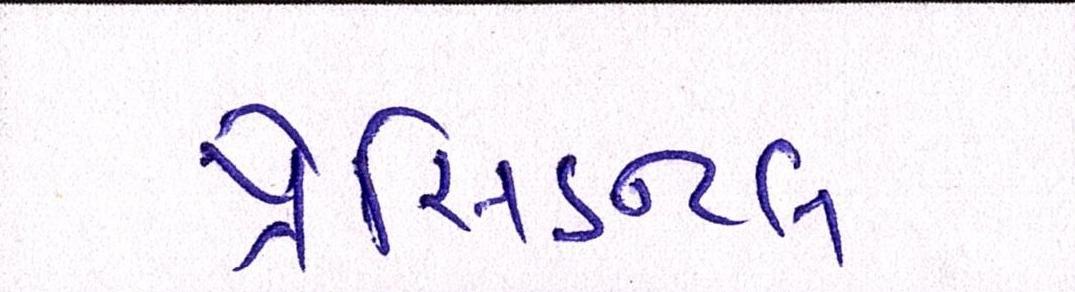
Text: પ્રેસિડન્ટલ